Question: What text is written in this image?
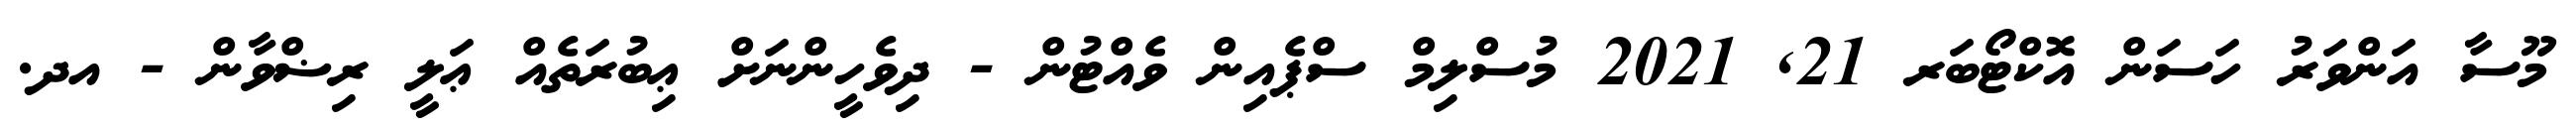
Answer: މޫސާ އަންވަރު ހަސަން އޮކްޓޯބަރ 21, 2021 މުސްލިމް ސްޕެއިން ވެއްޓުން - ދިވެހީންނަށް ޢިބުރަތެއް ޢަލީ ރިޟްވާން - އދ.